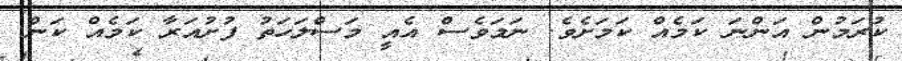
ކުރަމުން އަންނަ ކަމެއް ކަަމަށެވެ. ނަމަވެސް އެއީ މަސްލަހަތު ފުށުއަރާ ކަމެއް ކަން